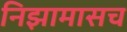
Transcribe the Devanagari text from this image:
निझामासच